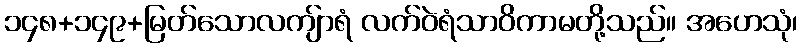
၁၄၈+၁၄၉+မြတ်သောလကျ်ာရံ လက်ဝဲရံသာဝိကာမတို့သည်။ အဟေသုံ၊